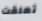
تعلقت